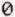
0